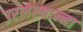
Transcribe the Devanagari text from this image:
उरलेल्यान्ना